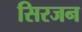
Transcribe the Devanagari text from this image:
सिरजन